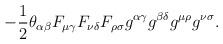
LaTeX: \begin{align*}- \frac12\theta_{\alpha\beta}F_{\mu \gamma}F_{\nu \delta}F_{\rho \sigma}g^{\alpha\gamma}g^{\beta\delta}g^{\mu\rho}g^{\nu\sigma} .\end{align*}